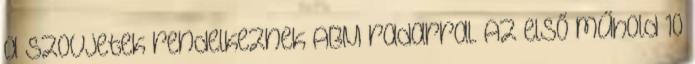
a szovjetek rendelkeznek ABM radarral. Az első műhold 10